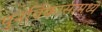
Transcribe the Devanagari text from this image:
पुनर्विकासामध्ये